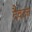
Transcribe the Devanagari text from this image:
दैवदत्त